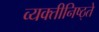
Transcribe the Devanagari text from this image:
व्यक्तीनिष्ठ्ते